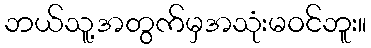
ဘယ်သူ့အတွက်မှအသုံးမဝင်ဘူး။